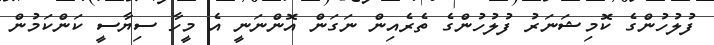
ފުލުހުންގެ ކޮމިޝަނަރު ފުލުހުންގެ ތެރެއިން ނަގަން އޮންނަނީ އެ މީހާ ސިޔާސީ ކަންކަމުން